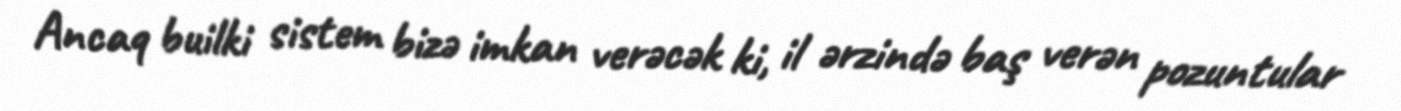
Ancaq builki sistem bizə imkan verəcək ki, il ərzində baş verən pozuntular